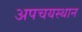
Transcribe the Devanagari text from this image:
अपचयस्थान